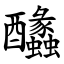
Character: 䤙